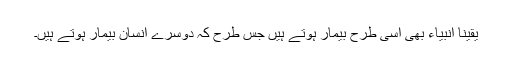
یقیناً انبیاء بھی اسی طرح بیمار ہوتے ہیں جس طرح کہ دوسرے انسان بیمار ہوتے ہیں۔